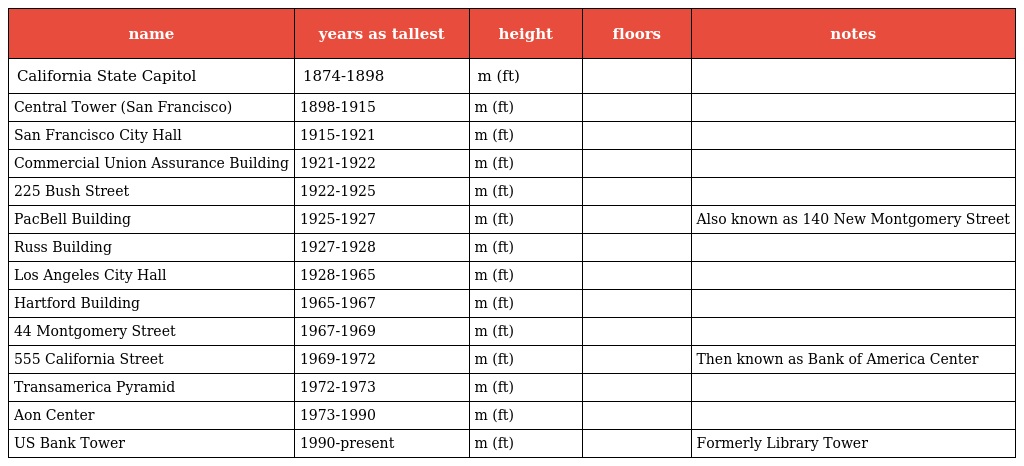
| name | years as tallest | height | floors | notes |
 | --- | --- | --- | --- | --- |
 | California State Capitol | 1874-1898 | m (ft) |  |  |
 | Central Tower (San Francisco) | 1898-1915 | m (ft) |  |  |
 | San Francisco City Hall | 1915-1921 | m (ft) |  |  |
 | Commercial Union Assurance Building | 1921-1922 | m (ft) |  |  |
 | 225 Bush Street | 1922-1925 | m (ft) |  |  |
 | PacBell Building | 1925-1927 | m (ft) |  | Also known as 140 New Montgomery Street |
 | Russ Building | 1927-1928 | m (ft) |  |  |
 | Los Angeles City Hall | 1928-1965 | m (ft) |  |  |
 | Hartford Building | 1965-1967 | m (ft) |  |  |
 | 44 Montgomery Street | 1967-1969 | m (ft) |  |  |
 | 555 California Street | 1969-1972 | m (ft) |  | Then known as Bank of America Center |
 | Transamerica Pyramid | 1972-1973 | m (ft) |  |  |
 | Aon Center | 1973-1990 | m (ft) |  |  |
 | US Bank Tower | 1990-present | m (ft) |  | Formerly Library Tower |